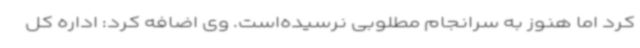
کرد اما هنوز به سرانجام مطلوبی نرسیده‌است. وی اضافه کرد: اداره کل